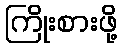
ကြိုးစားဖို့